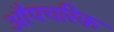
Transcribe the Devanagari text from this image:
औपचरिक